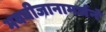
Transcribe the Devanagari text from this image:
भवबीजानामर्जनं